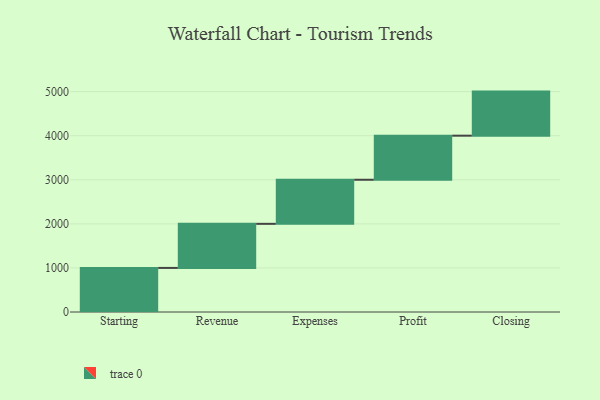
{"axis": {"x": "Step", "y": "Value"}, "legend": [""], "data": [{"x": "Starting", "y": 1000, "type": ""}, {"x": "Revenue", "y": 1000, "type": ""}, {"x": "Expenses", "y": 1000, "type": ""}, {"x": "Profit", "y": 1000, "type": ""}, {"x": "Closing", "y": 1000, "type": ""}]}